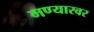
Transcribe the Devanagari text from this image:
मण्यारवर